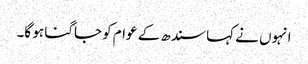
انہوں نے کہا سندھ کے عوام کو جاگنا ہو گا۔